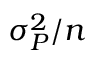
\sigma _ { P } ^ { 2 } / n